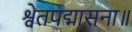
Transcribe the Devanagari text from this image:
श्वेतपद्मासना॥